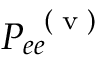
P _ { e e } ^ { \mathrm { ~ \tiny ~ ( ~ v ~ ) ~ } }